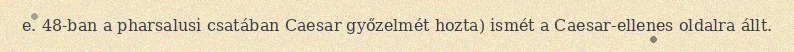
e. 48-ban a pharsalusi csatában Caesar győzelmét hozta) ismét a Caesar-ellenes oldalra állt.